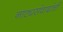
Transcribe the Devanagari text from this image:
नाट्यसंवादांची